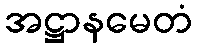
အဋ္ဌာနမေတံ